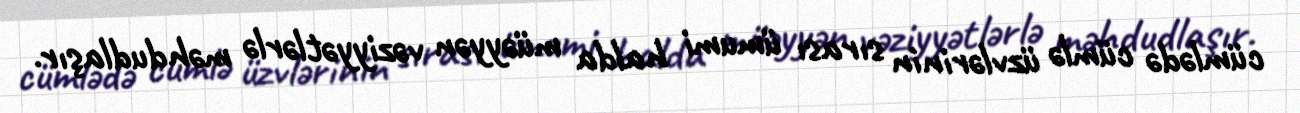
cümlədə cümlə üzvlərinin sırası ümumi halda müəyyən vəziyyətlərlə məhdudlaşır.